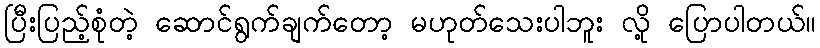
ပြီးပြည့်စုံတဲ့ ဆောင်ရွက်ချက်တော့ မဟုတ်သေးပါဘူး လို့ ပြောပါတယ်။